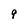
Character: 9